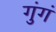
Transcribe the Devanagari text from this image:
गुंगं